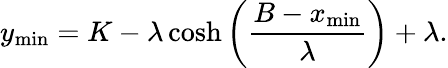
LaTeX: y_{\mathrm{min}}=K-\lambda\cosh\left(\frac{B-x_{\mathrm{min}}}{\lambda}\right)+\lambda.